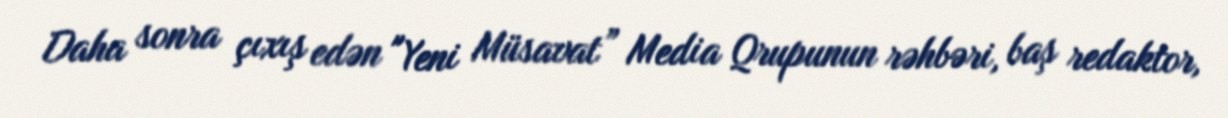
Daha sonra çıxış edən "Yeni Müsavat” Media Qrupunun rəhbəri, baş redaktor,